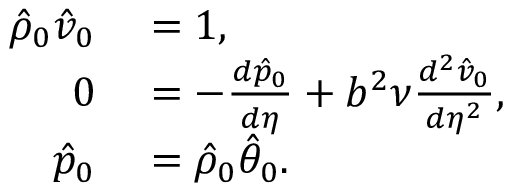
\begin{array} { r l } { \hat { \rho } _ { 0 } \hat { v } _ { 0 } } & { { } = 1 , } \\ { 0 } & { { } = - \frac { d \hat { p } _ { 0 } } { d \eta } + b ^ { 2 } \nu \frac { d ^ { 2 } \hat { v } _ { 0 } } { d \eta ^ { 2 } } , } \\ { \hat { p } _ { 0 } } & { { } = \hat { \rho } _ { 0 } \hat { \theta } _ { 0 } . } \end{array}